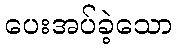
ပေးအပ်ခဲ့သော